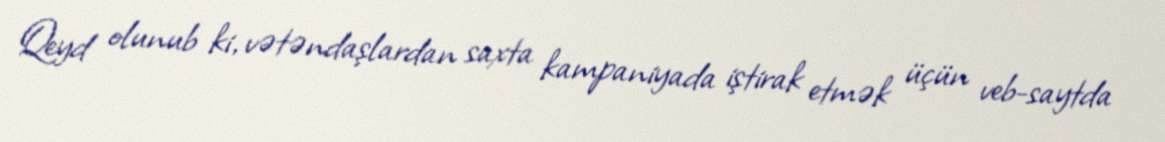
Qeyd olunub ki, vətəndaşlardan saxta kampaniyada iştirak etmək üçün veb-saytda